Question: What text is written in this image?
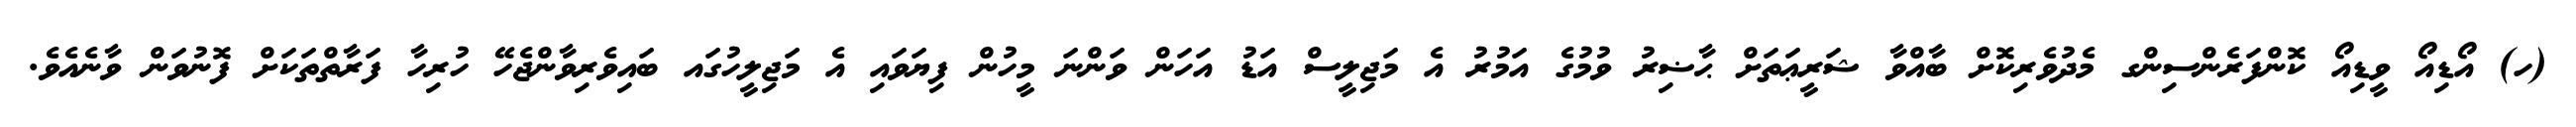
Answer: (ހ) އޯޑިއޯ ވީޑިއޯ ކޮންފަރެންސިންގ މެދުވެރިކޮށް ބާއްވާ ޝަރީޢަތަށް ޙާޟިރު ވުމުގެ އަމުރު އެ މަޖިލީސް އަޑު އަހަން ވަންނަ މީހުން ފިޔަވައި އެ މަޖިލީހުގައ ބައިވެރިވާންޖެހޭ ހުރިހާ ފަރާތްތަކަށް ފޮނުވަން ވާނެއެވެ.